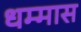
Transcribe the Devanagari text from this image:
धम्मास